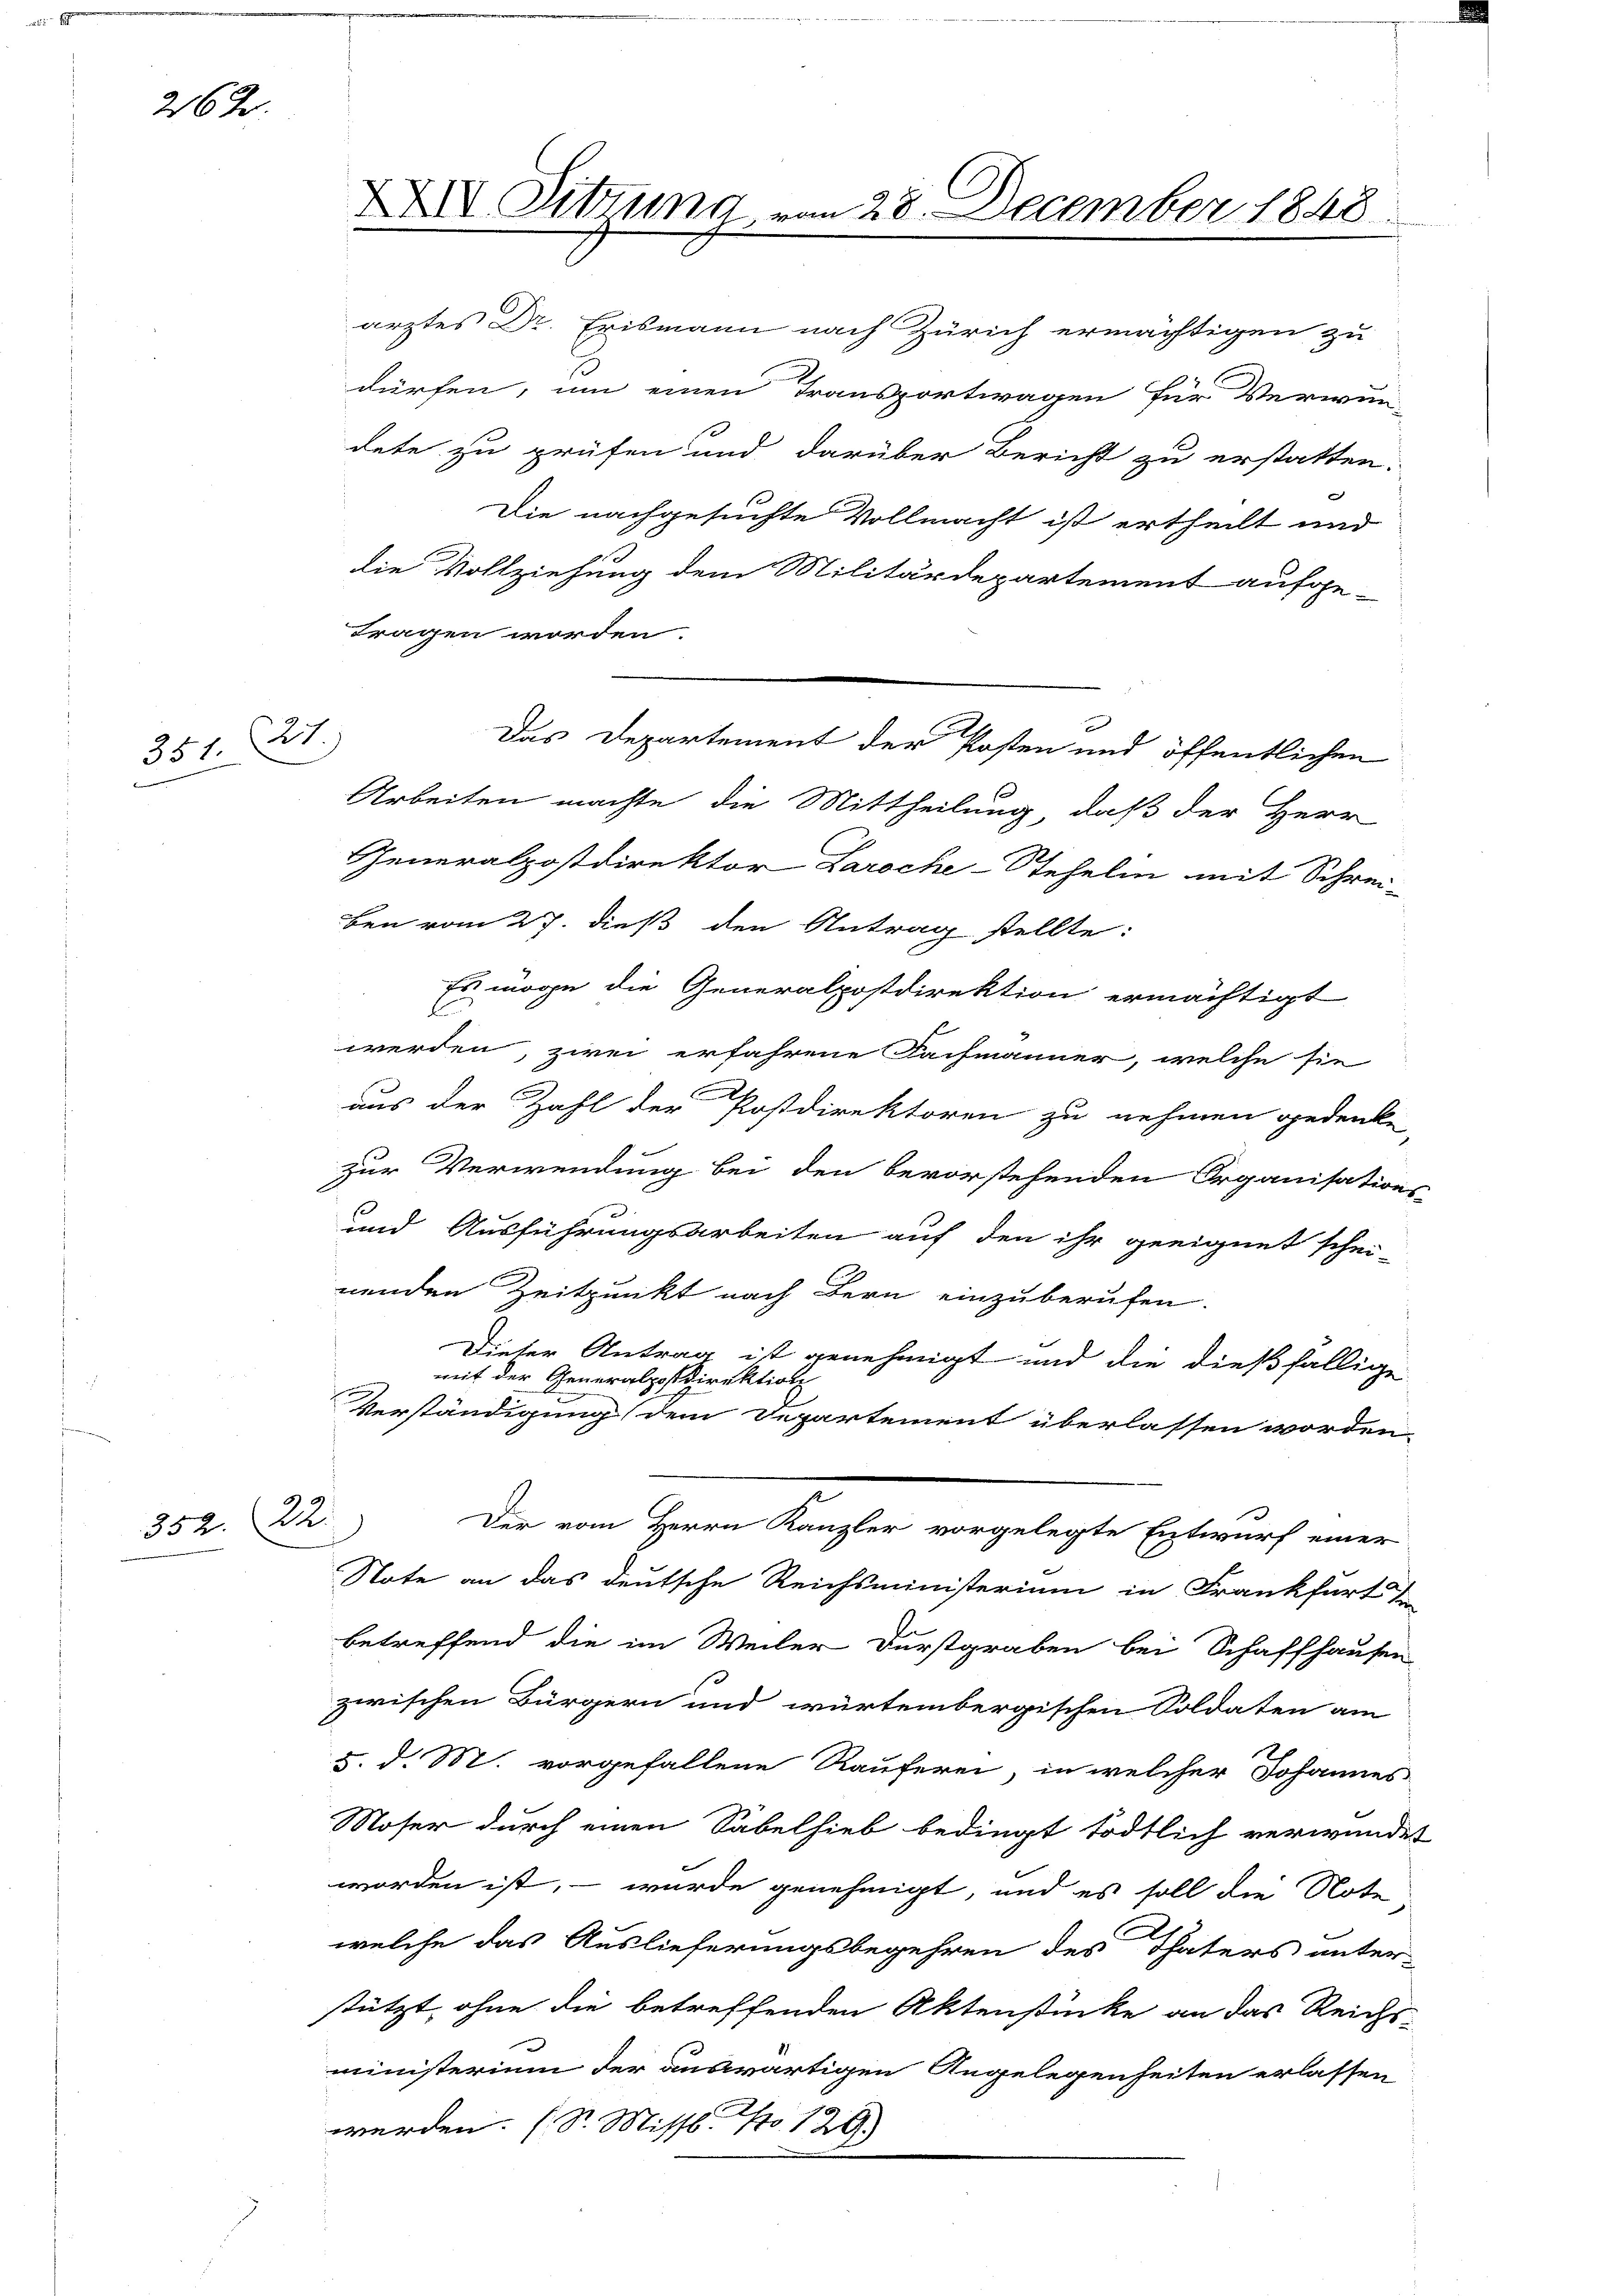
26 J.

351. Art.

352. 22.

3
dürfen, um einen Transportwagen für Verwun
dete zu prüfen und darüber Bericht zu erstatten.
Die nachgesuchte Vollmacht ist ertheilt und
die Vollziehung dem Militärdepartement aufge-
tragen worden.
Arbeiten machte, die Mittheilung, daß der Herr
Generalpostdirektor Laroche-Stehelm mit Schrei-
ben vom 27. dieß den Antrag stellte:
Es mögen die Generalpostdirektion ermächtigt
E
werden, zwei erfahrene Fachmänner, welche sie
aus der Zahl der Postdirektoren zu nehmen gedenke
zur Verwendung bei den bevorstehenden Organisations-
und Ausführungsarbeiten auf den ihr geeignet schei-
nenden Zeitpunkt nach Bern einzuberufen.
Dieser Antrag ist genehmigt und die dießfällige
mit der Generalpostdirektion
Verständigung dem Departement überlassen worden
Der vom Herrn Kanzler vorgelegte Entwurf einer
Note an das deutsche Reichsministerium in Frankfurt di
betreffend die im Weiler Durstgraben bei Schaffhausen
zwischen Bürgern und würtembergischen Soldaten am
5. d. M. vorgefallene Räuferei, in welcher Johannes
Moser durch einen Säbelhieb bedingt tödtlich verwundet
worden ist, – wurde genehmigt, und es soll die Note
welche das Auslieferungsbegehren des Thaters unter-
stützt, ohne die betreffenden Aktenstücke an das Reichs-
ministerium der auswärtigen Angelegenheiten erlassen
werden. (St. Missl. No 129.

XXIII Tittung vom 28 December 1848

arztes Dr. Erismann nach Zürich ermächtigen zu

Das Departement der Posten und öffentlichen